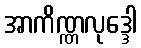
အာကိဏ္ဏလုဒ္ဒေါ